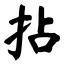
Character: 拈